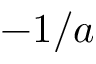
- 1 / a